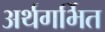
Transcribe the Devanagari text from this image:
अर्थगर्भित